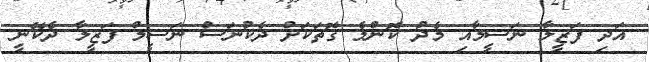
އަދި ފަޒީލާ ނަސީމާއި މެދު ކޮންމެ ގޮތަކަށް ދެކުނަސް ނަސީމް ފަޒީލާ ދެކޭނީ